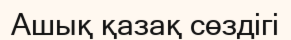
Ашық қазақ сөздігі